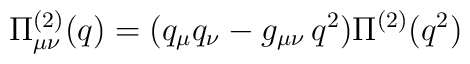
\Pi^{(2)}_{\mu\nu} (q) = (q_\mu q_\nu - g_{\mu\nu}\, q^2 ) \Pi^{(2)} (q^2)